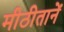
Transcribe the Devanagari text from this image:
मीठीतानें